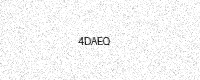
Text: 4DAEQ